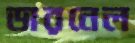
ডারনেল